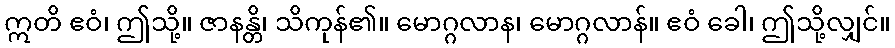
ဣတိ ဧဝံ၊ ဤသို့။ ဇာနန္တိ၊ သိကုန်၏။ မောဂ္ဂလာန၊ မောဂ္ဂလာန်။ ဧဝံ ခေါ၊ ဤသို့လျှင်။